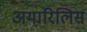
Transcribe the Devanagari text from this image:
अमारिलिस